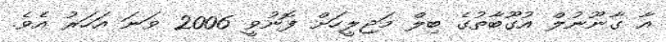
އާ ގާނޫނުލް އުގޫބާތުގެ ބިލް މަޖިލީހަށް ފޮނުވީ 2006 ވަނަ އަހަރު އެވެ.